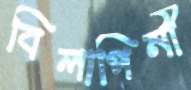
বিলাপিনী